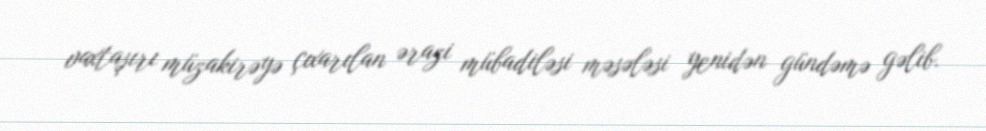
vaxtaşırı müzakirəyə çıxarılan ərazi mübadiləsi məsələsi yenidən gündəmə gəlib.